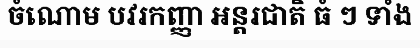
ចំណោម បវរកញ្ញា អន្តរជាតិ ធំ ៗ ទាំង